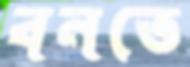
বনতে